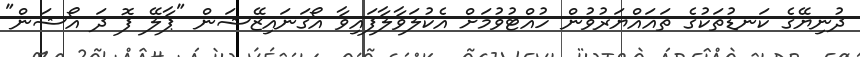
ދުނިޔޭގެ ކަނޑުތަކުގެ ތަޣައްޔަރުވުން ހުއްޓުވުމަށް އެކުލަވާލާފައިވާ އޯގަނައިޒޭޝަން "ޕާލޭ ފޮ ދަ އޯޝަން"